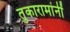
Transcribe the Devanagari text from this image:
तुकारामांनीं